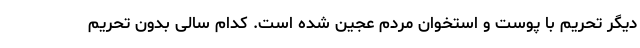
دیگر تحریم با پوست و استخوان مردم عجین شده است. کدام سالی بدون تحریم